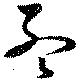
孟